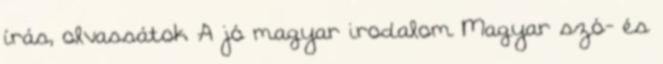
írás, olvassátok A jó magyar irodalom Magyar szó- és